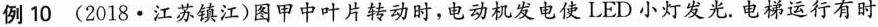
例10 (2018·江苏镇江)图甲中叶片转动时，电动机发电使LED小灯发光. 电梯运行有时